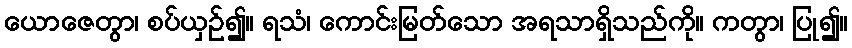
ယောဇေတွာ၊ စပ်ယှဉ်၍။ ရသံ၊ ကောင်းမြတ်သော အရသာရှိသည်ကို။ ကတွာ၊ ပြု၍။